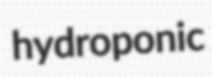
hydroponic